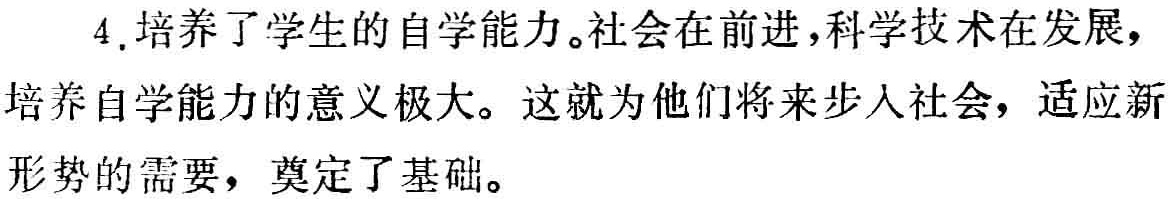
4. 培养了学生的自学能力。社会在前进，科学技术在发展，培养自学能力的意义极大。这就为他们将来步入社会，适应新形势的需要，奠定了基础。